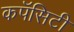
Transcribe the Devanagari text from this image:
कपॅसिटी